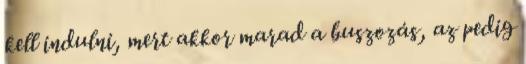
kell indulni, mert akkor marad a buszozás, az pedig